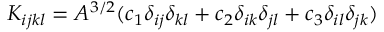
K _ { i j k l } = A ^ { 3 / 2 } ( c _ { 1 } \delta _ { i j } \delta _ { k l } + c _ { 2 } \delta _ { i k } \delta _ { j l } + c _ { 3 } \delta _ { i l } \delta _ { j k } )